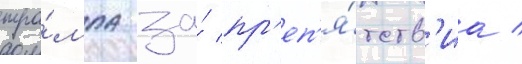
тра́мпа за́ пр'еп'я́тств'иа /